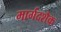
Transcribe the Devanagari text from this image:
मार्गदशैक